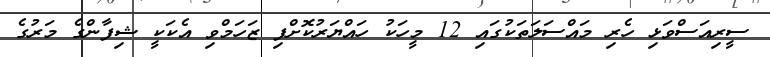
ސީރިއަސްވަޅި ހެރި މައްސަލަތަކުގައި 12 މީހަކު ހައްޔަރުކޮށްފި ޒަހަމްވި އެކަކީ ޝިފާންގެ މަރުގެ